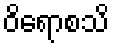
ဝိရောစသိ